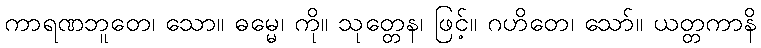
ကာရဏဘူတေ၊ သော။ ဓမ္မေ၊ ကို။ သုတ္တေန၊ ဖြင့်။ ဂဟိတေ၊ သော်။ ယတ္တကာနိ